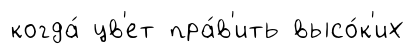
когда́ цв'ет пра́в'ить высо́к'их